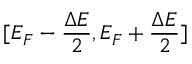
[ E _ { F } - \frac { \Delta E } { 2 } , E _ { F } + \frac { \Delta E } { 2 } ]